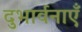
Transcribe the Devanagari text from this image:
दुभार्वनाएँ